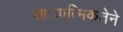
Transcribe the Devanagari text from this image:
आध्यात्मिकतेने